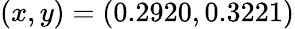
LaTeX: (x,y)=(0.2920,0.3221)